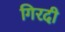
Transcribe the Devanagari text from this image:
गिरदी